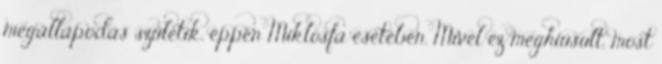
megállapodás születik, éppen Miklósfa esetében. Mivel ez meghiúsult, most